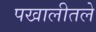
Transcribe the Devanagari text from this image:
पखालीतले